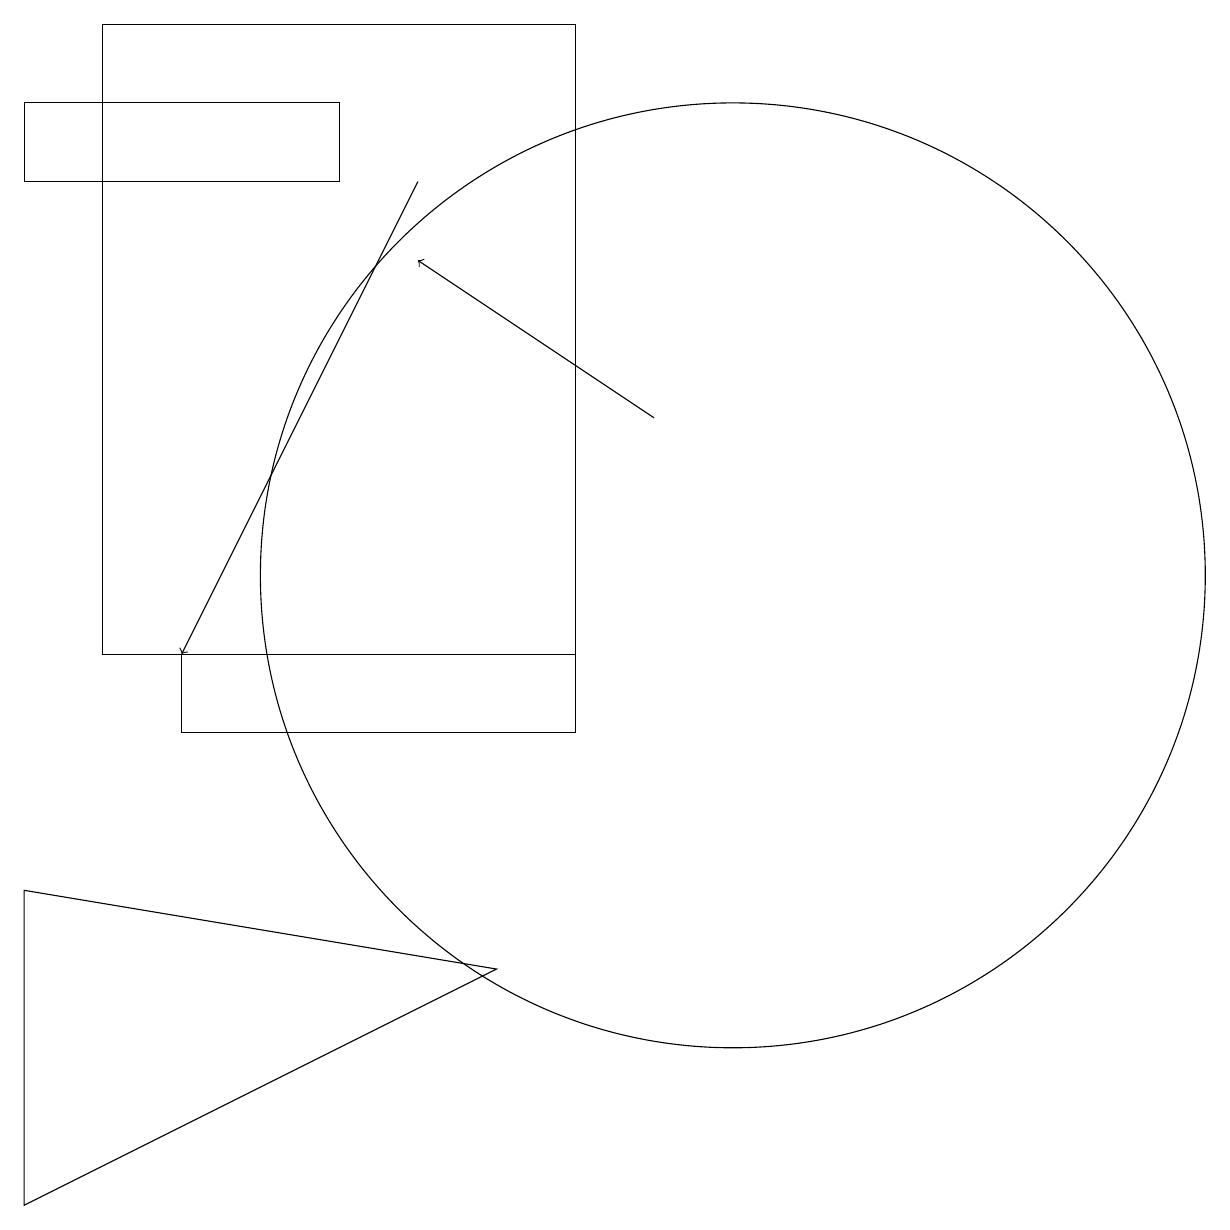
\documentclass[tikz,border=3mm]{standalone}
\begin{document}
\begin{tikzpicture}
\draw (10,12) circle (6);
\draw (5,17) rectangle (1,18);
\draw (3,11) rectangle (8,10);
\draw[->] (6,17) -- (3,11);
\draw[->] (9,14) -- (6,16);
\draw (7,7) -- (1,4) -- (1,8) -- cycle;
\draw (2,19) rectangle (8,11);
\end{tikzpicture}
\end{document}